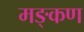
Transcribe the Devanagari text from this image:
मङ्कण